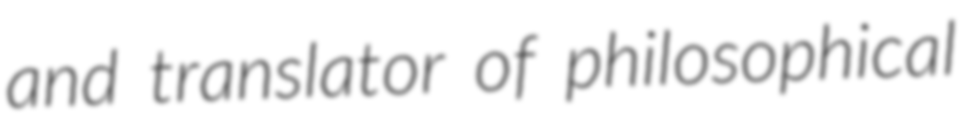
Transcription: and translator of philosophical